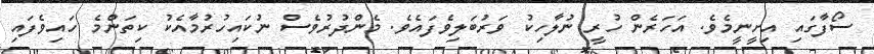
ސޯފާގައި އިށީނީމެވެ. އަހަރެން ހުރީ ނުލާހިކު ވަރުބަލިވެފައެވެ. މެންދުރުވެސް ނުކައިހުރުމާއެކު ކިތަންމެ ހައިވެފައި